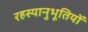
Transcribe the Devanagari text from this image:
रहस्यानुभूतियों